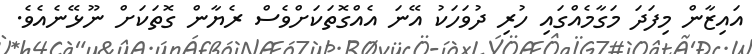
އައިޒާން މިފަދަ މަގާމެއްގައި ހުރި ދުވަހަކު އޭނަ އެއްގޮތަކަށްވެސް ރެޔާން ގޮތަކަށް ނޫޅޭނެއެވެ.